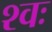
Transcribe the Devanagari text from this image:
श्वः